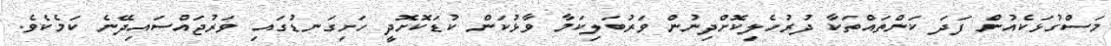
މަސްގުޅަކެއުން ފަދަ ކަންތައްތަކާ ދުރުހެލިކޮށްދިނުން ވަރުބަލިކަމާ ވާޅުކަން ކުޑަކޮށޮދީ ހަށިގަނޑުގައި ވަރުޖައްސައިދޭނެ ކަމެކެވެ.